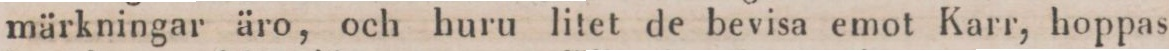
märkningar äro, och huru litet de bevisa emot Karr, hoppas